Vaccination in Burma 1900-1911 - 1900-1911
Year: 1900
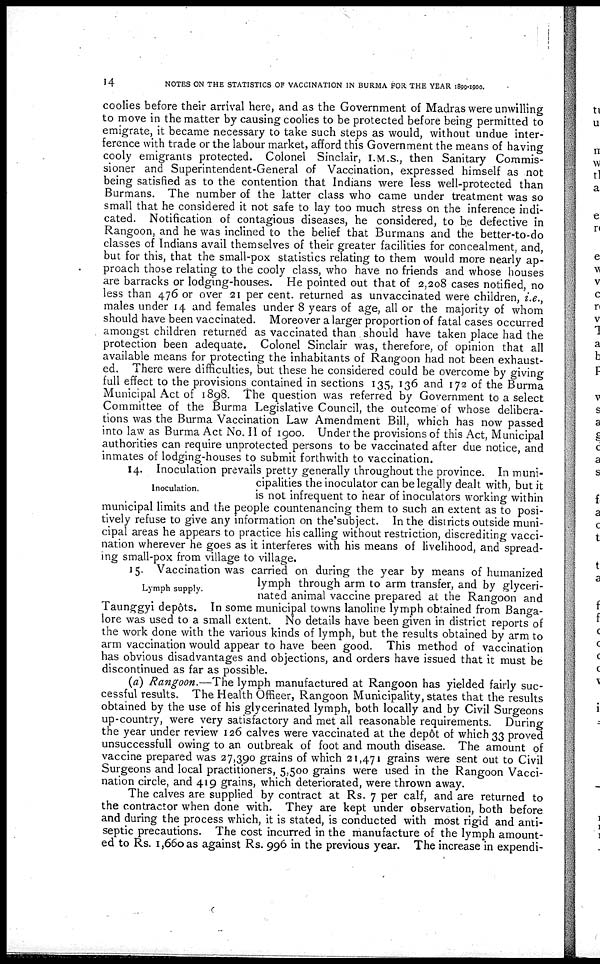
14
NOTES ON THE STATISTICS OF VACCINATION IN BURMA FOR THE YEAR 1899-1900.
coolies before their arrival here, and as the Government of Madras were unwilling
to move in the matter by causing coolies to be protected before being permitted to
emigrate, it became necessary to take such steps as would, without undue inter-
ference with trade or the labour market, afford this Government the means of having
cooly emigrants protected. Colonel Sinclair, I.M.S., then Sanitary Commis-
sioner and Superintendent-General of Vaccination, expressed himself as not
being satisfied as to the contention that Indians were less well-protected than
Burmans. The number of the latter class who came under treatment was so
small that he considered it not safe to lay too much stress on the inference indi-
cated. Notification of contagious diseases, he considered, to be defective in
Rangoon, and he was inclined to the belief that Burmans and the better-to-do
classes of Indians avail themselves of their greater facilities for concealment, and,
but for this, that the small-pox statistics relating to them would more nearly ap-
proach those relating to the cooly class, who have no friends and whose houses
are barracks or lodging-houses. He pointed out that of 2,208 cases notified, no
less than 476 or over 21 per cent. returned as unvaccinated were children, i.e.,
males under 14 and females under 8 years of age, all or the majority of whom
should have been vaccinated. Moreover a larger proportion of fatal cases occurred
amongst children returned as vaccinated than should have taken place had the
protection been adequate. Colonel Sinclair was, therefore, of opinion that all
available means for protecting the inhabitants of Rangoon had not been exhaust-
ed. There were difficulties, but these he considered could be overcome by giving
full effect to the provisions contained in sections 135, 136 and 172 of the Burma
Municipal Act of 1898. The question was referred by Government to a select
Committee of the Burma Legislative Council, the outcome of whose delibera-
tions was the Burma Vaccination Law Amendment Bill, which has now passed
into law as Burma Act No. II of 1900. Under the provisions of this Act, Municipal
authorities can require unprotected persons to be vaccinated after due notice, and
inmates of lodging-houses to submit forthwith to vaccination.
Inoculation.
14. Inoculation prevails pretty generally throughout the province. In muni-
cipalities the inoculator can be legally dealt with, but it
is not infrequent to hear of inoculators working within
municipal limits and the people countenancing them to such an extent as to posi-
tively refuse to give any information on the subject. In the districts outside muni-
cipal areas he appears to practice his calling without restriction, discrediting vacci-
nation wherever he goes as it interferes with his means of livelihood, and spread-
ing small-pox from village to village.
Lymph supply.
15. Vaccination was carried on during the year by means of humanized
lymph through arm to arm transfer, and by glyceri-
nated animal vaccine prepared at the Rangoon and
Taunggyi depôts. In some municipal towns lanoline lymph obtained from Banga-
lore was used to a small extent. No details have been given in district reports of
the work done with the various kinds of lymph, but the results obtained by arm to
arm vaccination would appear to have been good. This method of vaccination
has obvious disadvantages and objections, and orders have issued that it must be
discontinued as far as possible.
(a) Rangoon.—The lymph manufactured at Rangoon has yielded fairly suc-
cessful results. The Health Officer, Rangoon Municipality, states that the results
obtained by the use of his glycerinated lymph, both locally and by Civil Surgeons
up-country, were very satisfactory and met all reasonable requirements. During
the year under review 126 calves were vaccinated at the depôt of which 33 proved
unsuccessfull owing to an outbreak of foot and mouth disease. The amount of
vaccine prepared was 27,390 grains of which 21,471 grains were sent out to Civil
Surgeons and local practitioners, 5,500 grains were used in the Rangoon Vacci-
nation circle, and 419 grains, which deteriorated, were thrown away.
The calves are supplied by contract at Rs. 7 per calf, and are returned to
the contractor when done with. They are kept under observation, both before
and during the process which, it is stated, is conducted with most rigid and anti-
septic precautions. The cost incurred in the manufacture of the lymph amount-
ed to Rs. 1,660 as against Rs. 996 in the previous year. The increase in expendi-